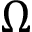
\Omega